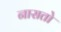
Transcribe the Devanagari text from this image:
नासतो